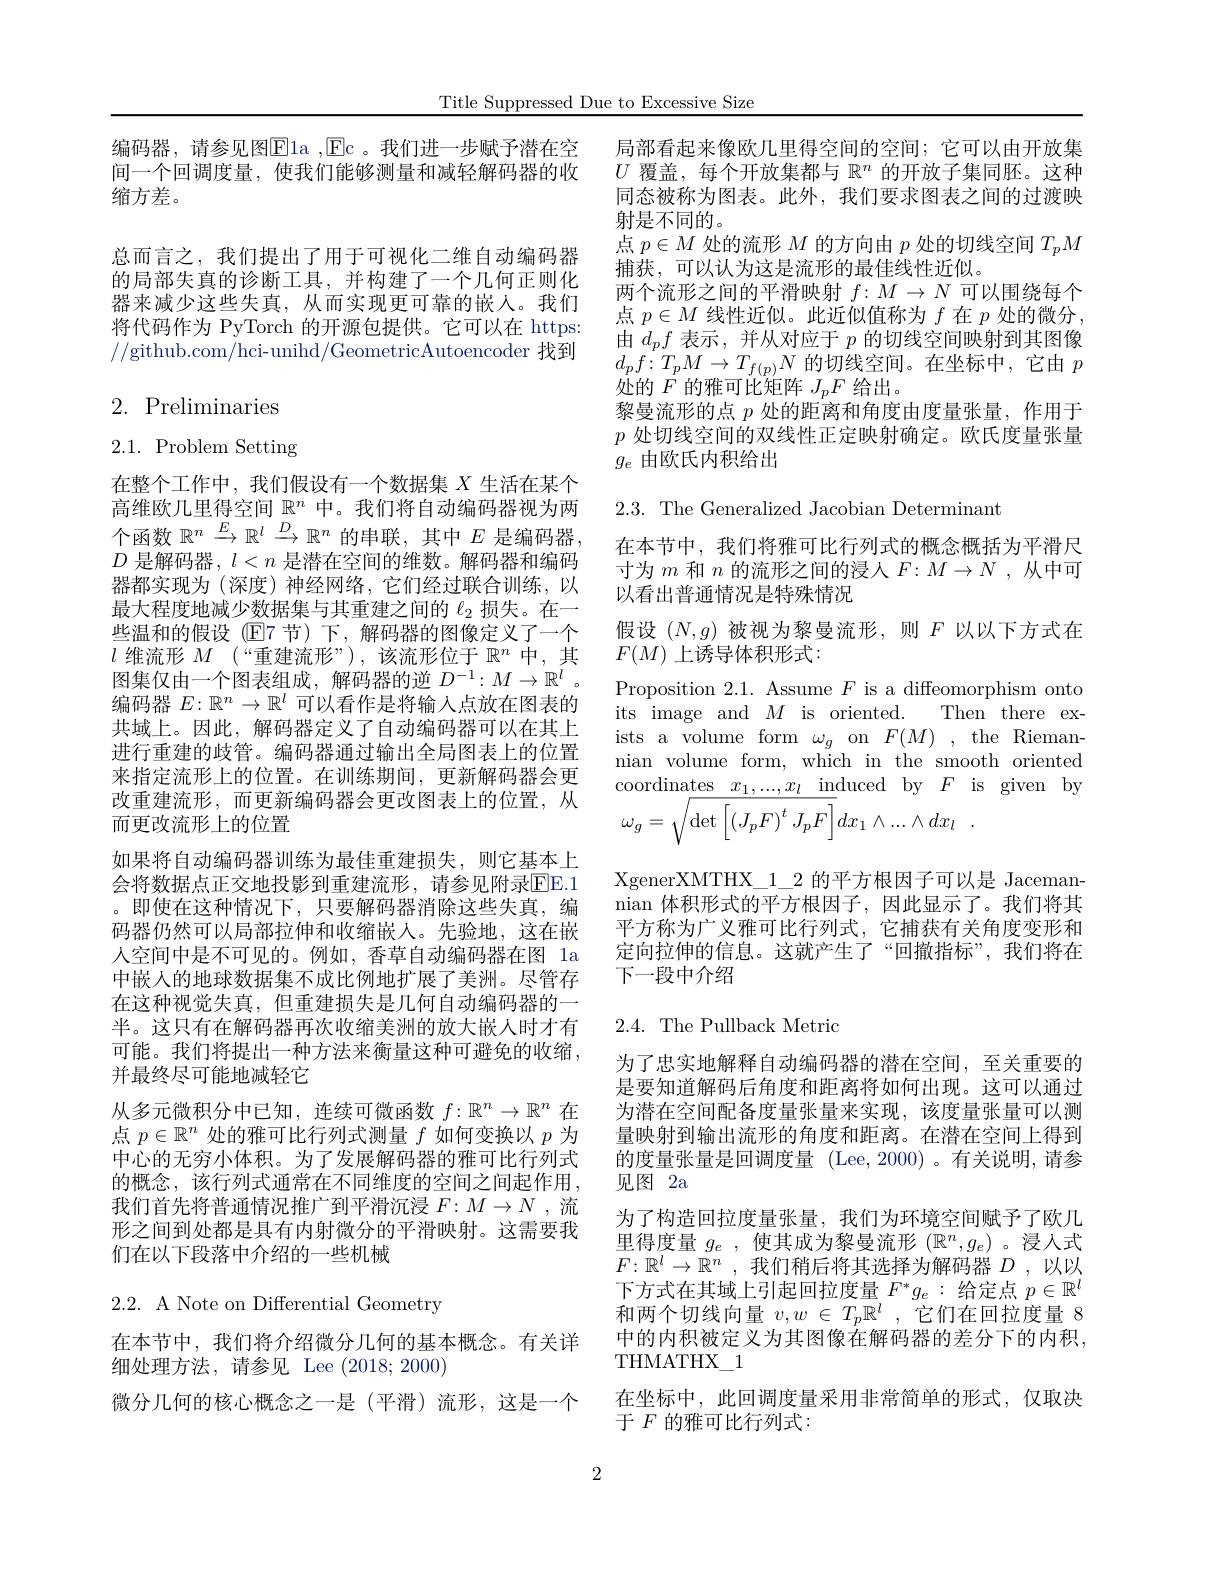
Title Suppressed Due to Excessive Size

编码器，请参见图Ela , Ec 。我 们 进 一 步 赋 予 潜 在 空 局部看起来像欧几里得空间的空间；它可以由开放集间一个回调度量，使我们能够测量和减轻解码器的收 $U$覆盖，每个开放集都与$\mathbb{R}^n$的开放子集同胚。这种缩方差。

总而言之，我们提出了用于可视化二维自动编码器的局部失真的诊断工具，并构建了一个几何正则化器来减少这些失真，从而实现更可靠的嵌人。我们将代码作为 PyTorch 的开源包提供。它可以在 https //github.com/hci-unihd/GeometricAutoencoder 找到

# 2. Preliminaries

2.1. Problem Setting

在整个工作中，我们假设有一个数据集$X$生活在某个高维欧几里得空间$\mathbb{R}^n$中。我们将自动编码器视为两个函数$\mathbb{R}^n\xrightarrow E{\longrightarrow}\mathbb{R}^l\xrightarrow{D}\mathbb{R}^n$的串联，其中$E$是编码器， $D$是解码器$,l<n$是潜在空间的维数。解码器和编码器都实现为(深度)神经网络，它们经过联合训练，以最大程度地减少数据集与其重建之间的$\ell_2$损失。在一些温和的假设 (E7 节)下，解码器的图像定义了一个$l$维流形$M$ (“重建流形”),该流形位于$\mathbb{R}^n$中，其图集仅由一个图表组成，解码器的逆$D^{-1}:M\to\mathbb{R}^l$ 。编码器$E:\mathbb{R}^n\to\mathbb{R}^l$可以看作是将输入点放在图表的共域上。因此，解码器定义了自动编码器可以在其上进行重建的歧管。编码器通过输出全局图表上的位置来指定流形上的位置。在训练期间，更新解码器会更改重建流形，而更新编码器会更改图表上的位置，从而更改流形上的位置
如果将自动编码器训练为最佳重建损失，则它基本上会将数据点正交地投影到重建流形，请参见附录EE.1 。即使在这种情况下，只要解码器消除这些失真，编码器仍然可以局部拉伸和收缩嵌人。先验地，这在嵌人空间中是不可见的。例如，香草自动编码器在图 1a 中嵌人的地球数据集不成比例地扩展了美洲。尽管存在这种视觉失真，但重建损失是几何自动编码器的一半。这只有在解码器再次收缩美洲的放大嵌入时才有可能。我们将提出一种方法来衡量这种可避免的收缩， 并最终尽可能地减轻它
从多元微积分中已知，连续可微函数$f:\mathbb{R}^n\to\mathbb{R}^n$在点$p\in\mathbb{R}^n$处的雅可比行列式测量$f$如何变换以$p$为中心的无穷小体积。为了发展解码器的雅可比行列式的概念，该行列式通常在不同维度的空间之间起作用我们首先将普通情况推广到平滑沉浸$F:M\to N$ ,流形之间到处都是具有内射微分的平滑映射。这需要我们在以下段落中介绍的一些机械
2.2. A Note on Differential Geometry

在本节中，我们将介绍微分几何的基本概念。有关详
细处理方法，请参见 Lee (2018;2000)
微分几何的核心概念之一是(平滑)流形，这是一个

同态被称为图表。此外，我们要求图表之间的过渡映
射是不同的。
点$p\in M$处的流形$M$的方向由$p$处的切线空间$T_pM$
捕获，可以认为这是流形的最佳线性近似。
两个流形之间的平滑映射$f:M\to N$可以围绕每个点$p\in M$线性近似。此近似值称为$f$在$p$处的微分， 由$d_pf$表示 , 并从对应于$p$的切线空间映射到其图像$d_pf\colon T_pM\to T_{f(p)}N$的切线空间。在坐标中，它由$p$ 处的$F$的雅可比矩阵$J_pF$给出。
黎曼流形的点$p$处的距离和角度由度量张量，作用于$p$处切线空间的双线性正定映射确定。欧氏度量张量$g_e$由欧氏内积给出

2.3. The Generalized Jacobian Determinant

在本节中，我们将雅可比行列式的概念概括为平滑尺寸为$m$和$n$的流形之间的浸人$F:M\to N$ ,从中可以看出普通情况是特殊情况
假设$(N,g)$被视为黎曼流形，则$F$以以下方式在
$F(M)$上诱导体积形式：
Proposition 2.1. Assume $F$ is a diffeomorphism onto its image and $M$ is oriented. Then there exists a volume form $\omega_g$ on $F(M)$, the Riemannian volume form, which in the smooth oriented coordinates $x_1, . . . , x_l$ induced by $F$ is given by
$$\omega_g=\sqrt{\det\left[\left(J_pF\right)^tJ_pF\right]}dx_1\wedge...\wedge dx_l\:.$$
XgenerXMTHX\_1\_2 的平方根因子可以是 Jacemannian 体积形式的平方根因子，因此显示了。我们将其平方称为广义雅可比行列式，它捕获有关角度变形和定向拉伸的信息。这就产生了“回撤指标”,我们将在下一段中介绍

## 2.4. The Pullback Metric

为了忠实地解释自动编码器的潜在空间，至关重要的是要知道解码后角度和距离将如何出现。这可以通过为潜在空间配备度量张量来实现，该度量张量可以测量映射到输出流形的角度和距离。在潜在空间上得到的度量张量是回调度量(Lee,2000) 。有关说明，请参见图 2a
为了构造回拉度量张量，我们为环境空间赋予了欧几里得度量$g_e$ ,使其成为黎曼流形$(\mathbb{R}^n,g_e)$ 。浸人式$F:\mathbb{R}^l\to\mathbb{R}^n$ ,我们稍后将其选择为解码器$D$ ,以以下方式在其域上引起回拉度量$F^*g_e:$给定点 $p\in\mathbb{R}^l$ 和两个切线向量$v,w\in T_p\mathbb{R}^l$,它们在回拉度量 8中的内积被定义为其图像在解码器的差分下的内积， $\mathrm{THMATHX}_{-}1$
在坐标中，此回调度量采用非常简单的形式，仅取决
于$F$的雅可比行列式：

2